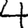
Digit: 4